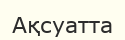
Ақсуатта